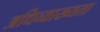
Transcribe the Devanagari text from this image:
अधिव्याख्यता